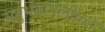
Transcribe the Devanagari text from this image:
अनुभवांपलीकडे